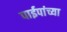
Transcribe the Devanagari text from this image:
पाईपांच्या